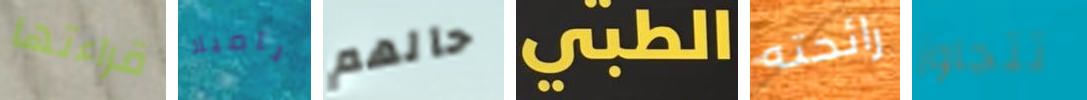
قراءتها باميلا حالهم الطبي رائحته تتجاوز